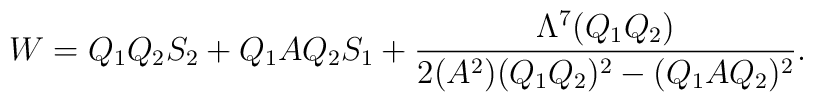
W=Q_1 Q_2 S_2 + Q_1 A Q_2 S_1 + \frac{\Lambda^7 (Q_1 Q_2)}{2 (A^2)                                        (Q_1 Q_2)^2 -(Q_1 A Q_2)^2}.